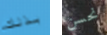
بذلك نحسن